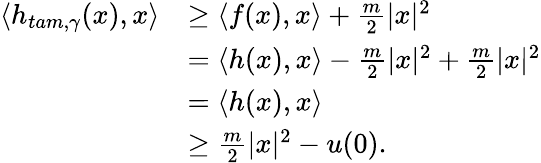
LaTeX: \begin{array}{rl}{\langle h_{tam,\gamma}(x),x\rangle}&{\geq\langle f(x),x\rangle+\frac{m}{2}|x|^{2}}\\ &{=\langle h(x),x\rangle-\frac{m}{2}|x|^{2}+\frac{m}{2}|x|^{2}}\\ &{=\langle h(x),x\rangle}\\ &{\geq\frac{m}{2}|x|^{2}-u(0).}\end{array}